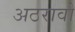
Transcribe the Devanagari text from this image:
अठरावो